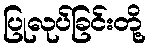
ပြုလုပ်ခြင်းတို့